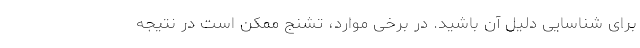
برای شناسایی دلیل آن باشید. در برخی موارد، تشنج ممکن است در نتیجه